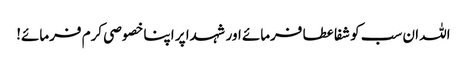
اللہ ان سب کو شفا عطا فرمائے اور شہدا پر اپنا خصوصی کرم فرمائے!